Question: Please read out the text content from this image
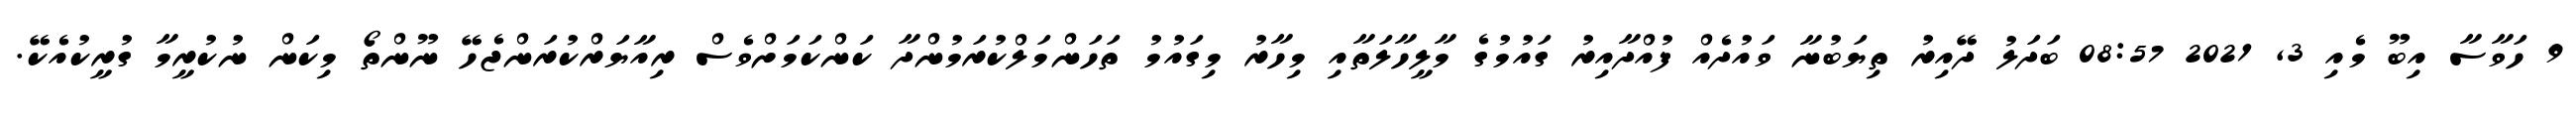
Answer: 9 ހަވާސާ އިބޫ މެއި 3, 2021 08:57 ބަދަލު ދޭއިރު ތިޔަބުނާ ވައުދެއް ފުއްދާއިރު ގައުމުގެ މާލީހާލަތާއި މިހާރު މިގައުމު ތަހަންމަލްކުރަމުންދާ ކަންކަމަށްވެސް ރިއާޔަރްކުރަންޖެހޭ ނޫންތޯ މިކަން ނުކުރީމާ ގުރީކުއެކޭ.